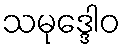
သမုဒ္ဒေါဝ